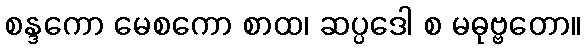
စန္ဒကော မေစကော စာထ၊ ဆပ္ပဒေါ စ မဓုဗ္ဗတော။